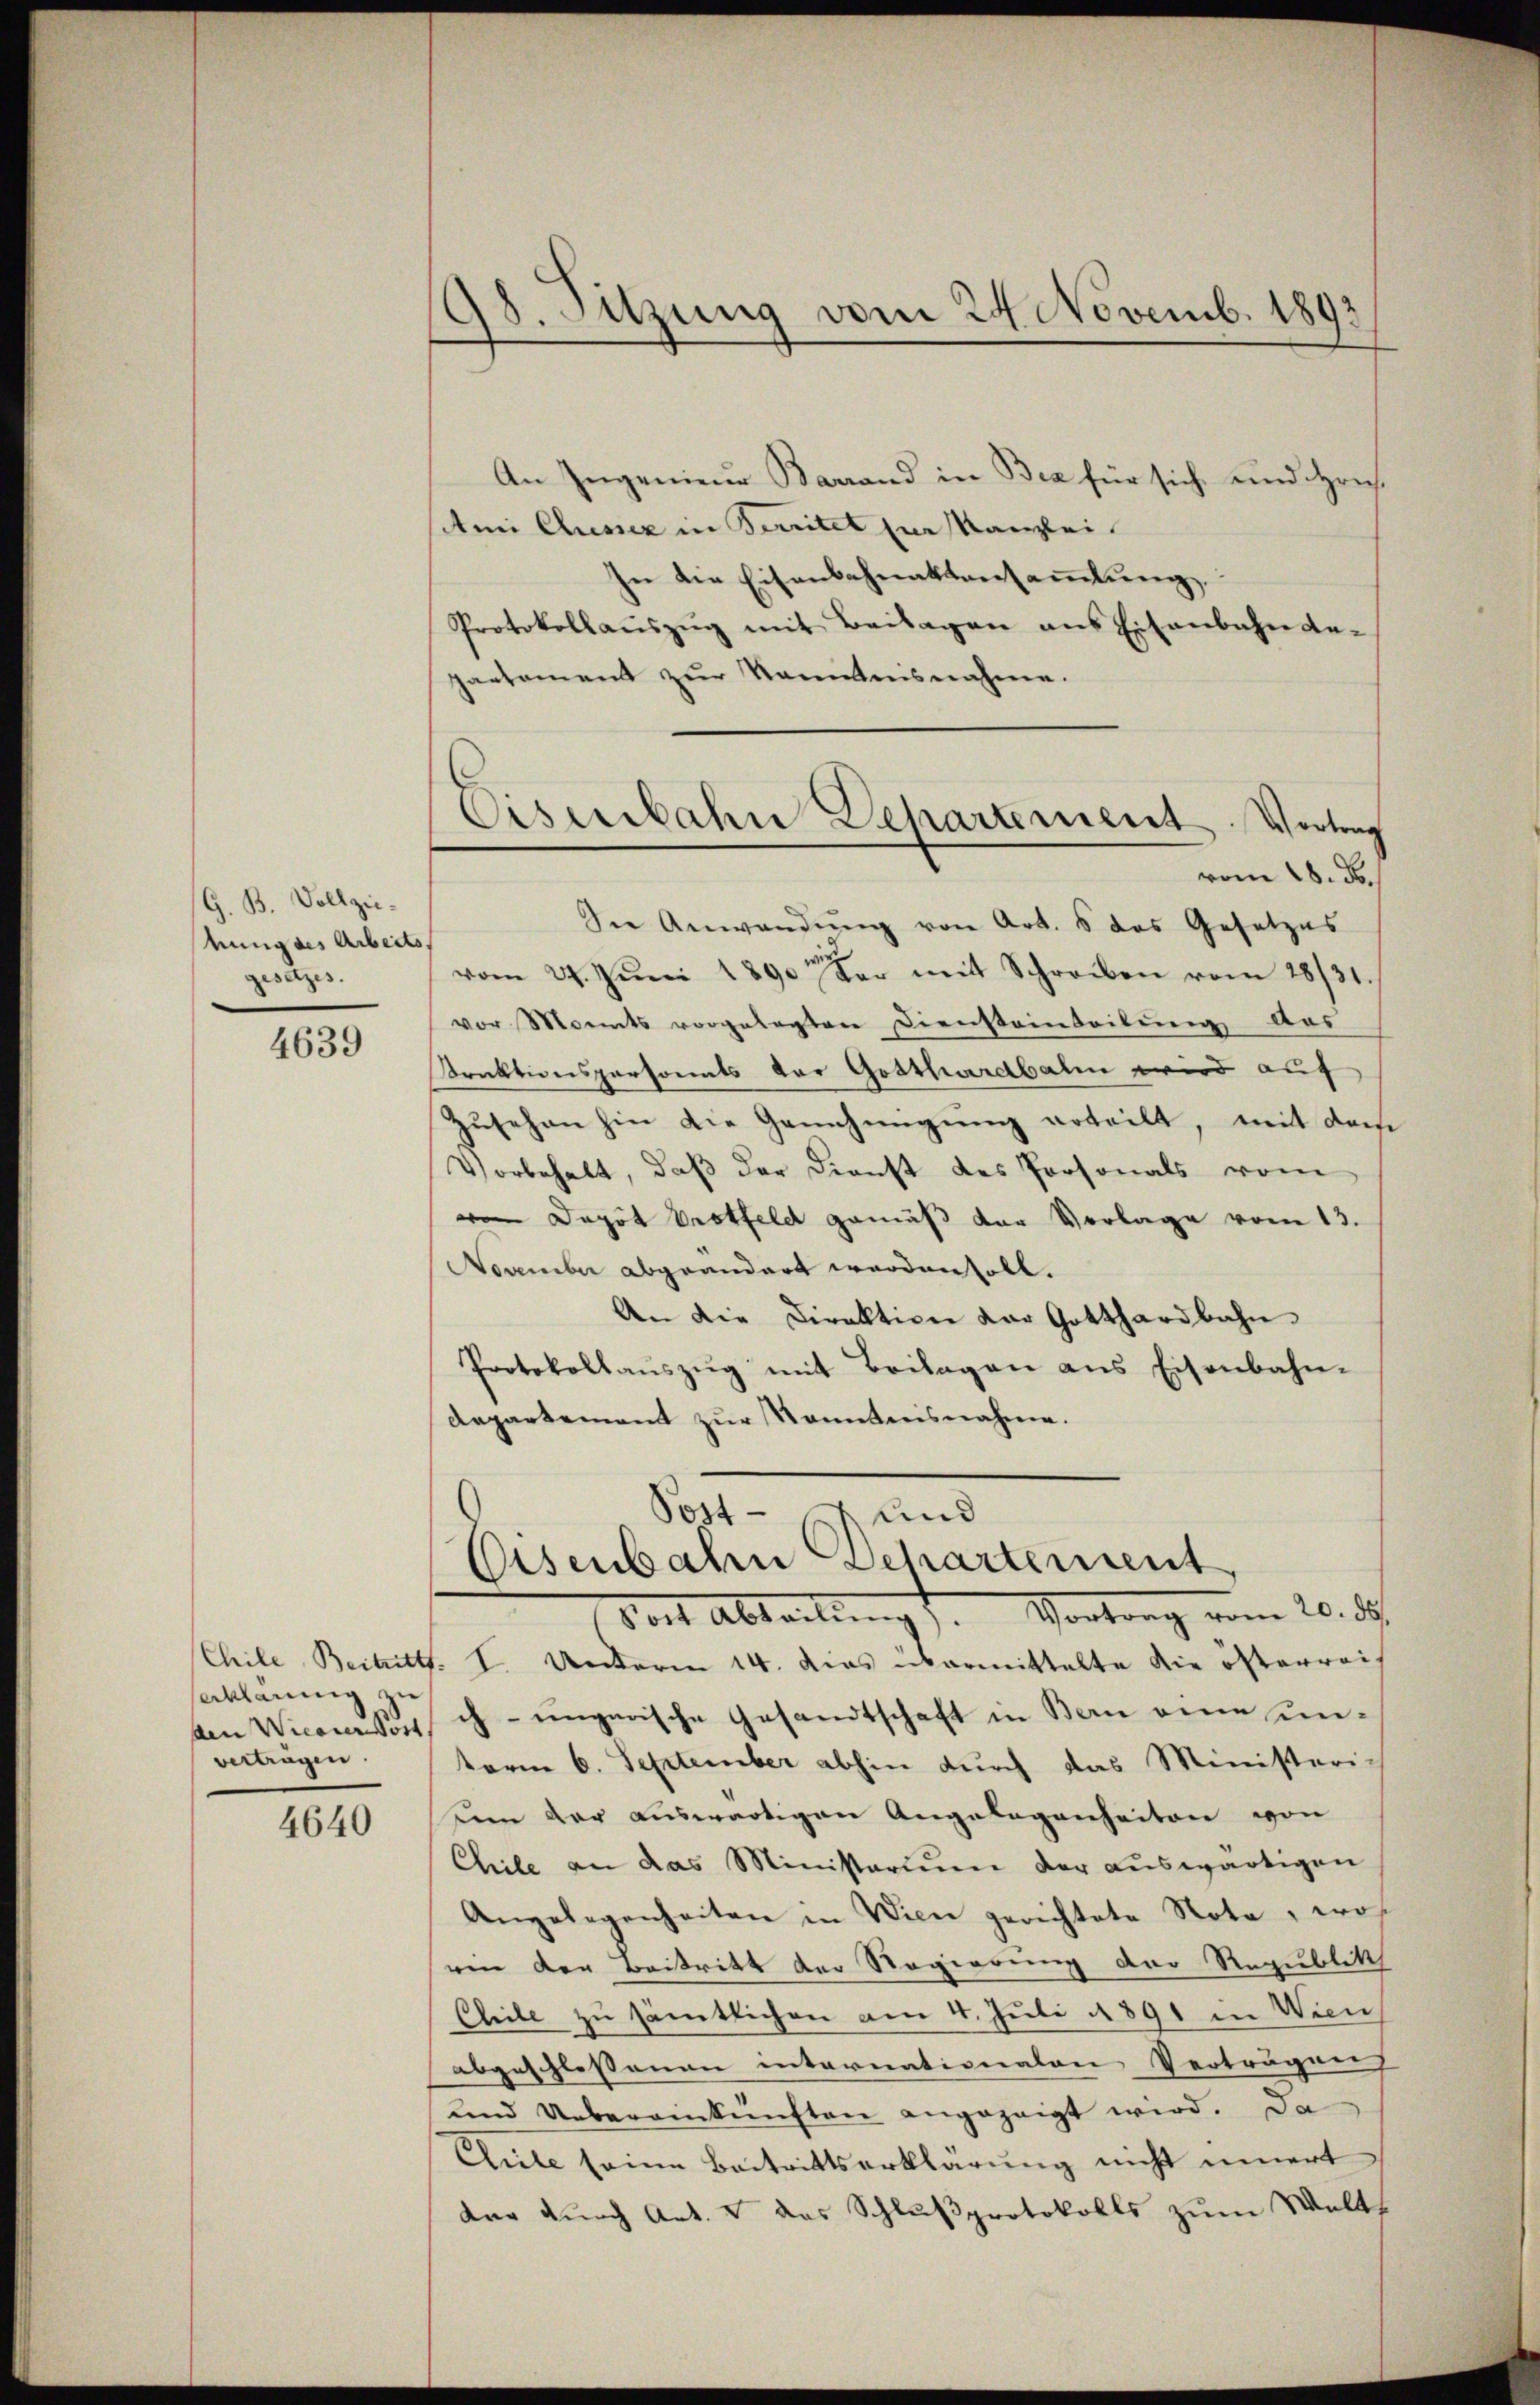
G. B. Vollziehung des Arbeits
gesetzes.

4639

aklaumig zu
den Wicarer Post
vertragen.

4640

18. Suzung vom 24. Novemb. 1893

Eisenbahn Behartement. Vortrag
vom 28. d.

An Ingenieur Barrand in Bea für sich und Hrn.
Ami Cluessez in Territet zur Kanzlei.
In die Eisenbahnaktensammlung
Protokollaŭszŭg mit Beilagen ans Eisenbahn ge-
partement zŭr Kenntnisnahme.
Die Anwendŭng von Art. 5 das Gesetzes
vom 24. Juni 1890 der mit Schreiben vom 28/31.
vor Monats vorgelegten Dienstainteilung das
struktionspersonals vor Gotthardbahn wird auf
Zusehen hin die Genehmigung erteilt, mit dem
Vorbehalt, daß der Dienst des Personals vom
o Depot brotfeld gemäß der Vorlage vom 13.
November abgeändert worden soll.
An die Direktion der Gotthardbahn
Protokollaŭszŭg mit Beilagen aus Eisenbahn-
departement zur Sonntnisnahme.
Post- und
Eisenbahn Departement,
Vor Abteilen. Vortrag vom 20. d.
Chile, Beitritt. I. Unterm 14. dies übermittelte die österreis
ch-ungarische Gesandtschaft in Bern eine unterm 6. September abhin durch das Ministeri-
Di der auswärtigen Angelegenheiten von
Chile an das Ministerium der auswärtigen
Angelegenheiten in Wien gerichtete Nota, wos
ein der Beitritt der Regierung der Republik
Chile zu sämtlichen am 4. Juli 1891 in Wien
abgeschloßenen internationalen Vertrugen
und Uebereinkünften angezeigt wird. Da
Elite seine Beitrittserklärung nicht innert
der durch Art. 4 das Schlußprotokolls zum Welts